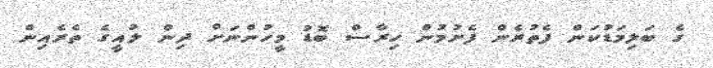
ގެ ބަލިމަޑުކަން ފެތުރެން ފެށުމުން ހިރާސް ބޮޑު މީހުންނަށް ދިން ލުއީގެ ތެރެއިން